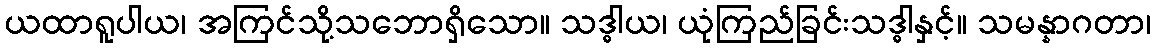
ယထာရူပါယ၊ အကြင်သို့သဘောရှိသော။ သဒ္ဓါယ၊ ယုံကြည်ခြင်းသဒ္ဓါနှင့်။ သမန္နာဂတာ၊